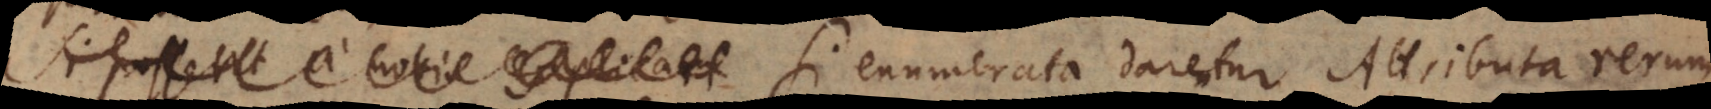
Si possent a nobis explicari enumerata darentur Attributa rerum